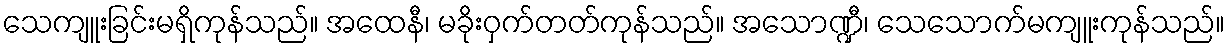
သေကျူးခြင်းမရှိကုန်သည်။ အထေနီ၊ မခိုးဝှက်တတ်ကုန်သည်။ အသောဏ္ဍီ၊ သေသောက်မကျူးကုန်သည်။